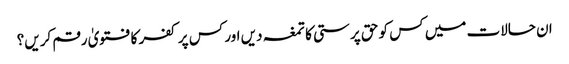
ان حالات میں کس کو حق پرستی کا تمغہ دیں اور کس پر کفر کا فتویٰ رقم کریں؟